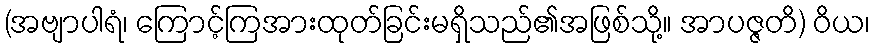
(အဗျာပါရံ၊ ကြောင့်ကြအားထုတ်ခြင်းမရှိသည်၏အဖြစ်သို့။ အာပဇ္ဇတိ) ဝိယ၊